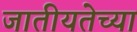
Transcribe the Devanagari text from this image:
जातीयतेच्या